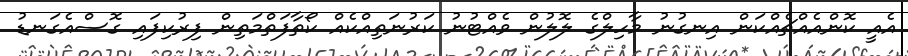
އެއީ ކޮންއެއްޗެއްކަން އިނގުނު މާހިލްގެ ލޮލުން ވެއްޓުނު ކަރުނަތިއްކެއް ކޯތާފަތްމަތިން ފިރުކިފައި ގޮސްއެގަނޑު